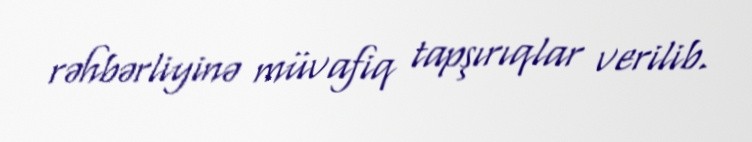
rəhbərliyinə müvafiq tapşırıqlar verilib.